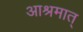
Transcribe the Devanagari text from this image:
आश्रमात्‌